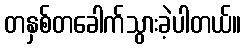
တနှစ်တခေါက်သွားခဲ့ပါတယ်။